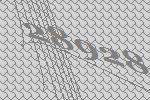
28928